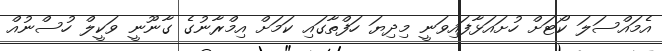
އެމައްސަލަ ކޯޓަށް ހުށައަޅާފައިވަނީ މިދިޔަ ހަފްތާގައި ކަމަށް އިމްރާނުގެ ގާނޫނީ ވަކީލް ހުސްނުއް